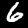
Digit: 6